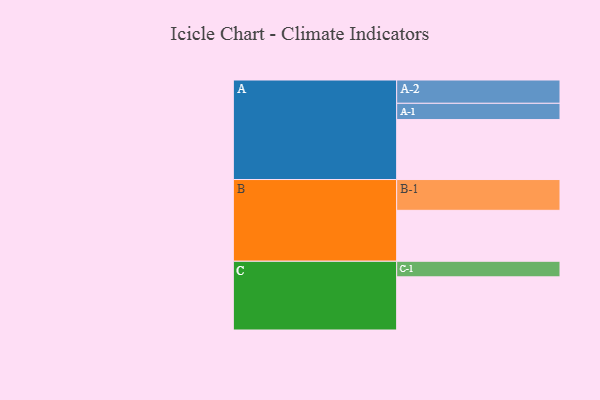
{"axis": {"x": "Segment", "y": "Value"}, "legend": ["", "A", "B", "C"], "data": [{"x": "A", "y": 512, "type": ""}, {"x": "B", "y": 435, "type": ""}, {"x": "C", "y": 454, "type": ""}, {"x": "A-1", "y": 139, "type": "A"}, {"x": "A-2", "y": 199, "type": "A"}, {"x": "B-1", "y": 263, "type": "B"}, {"x": "C-1", "y": 133, "type": "C"}]}